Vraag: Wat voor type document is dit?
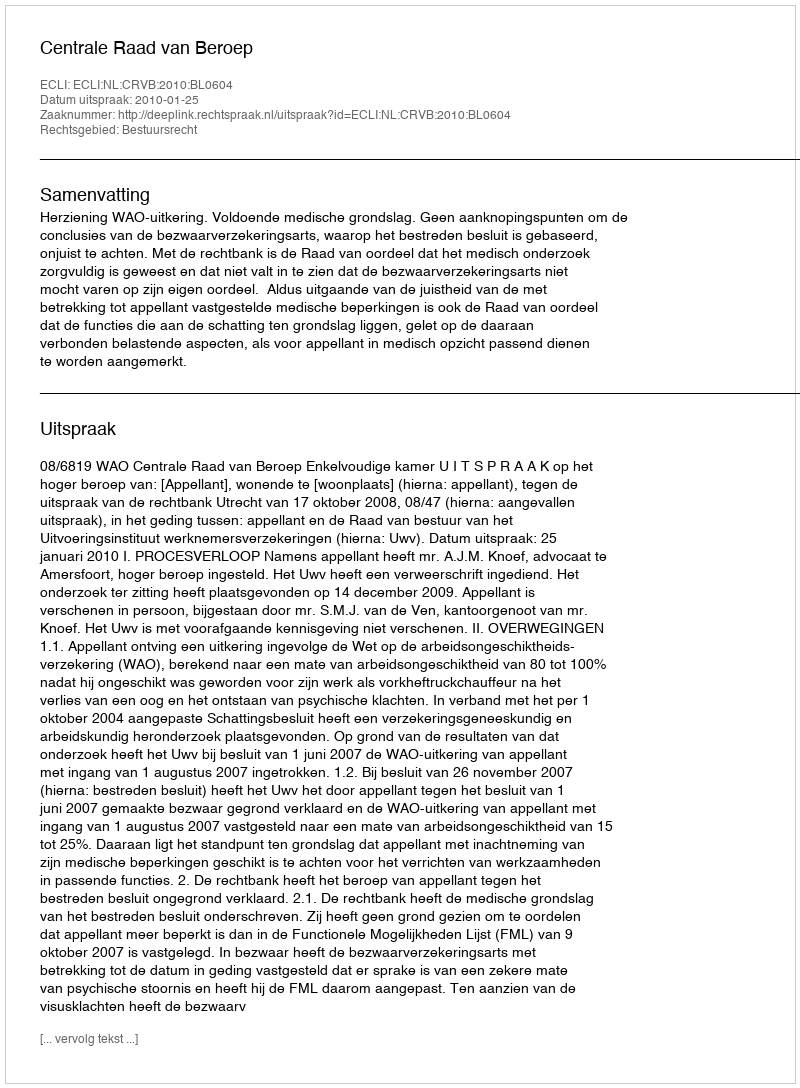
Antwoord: Uitspraak